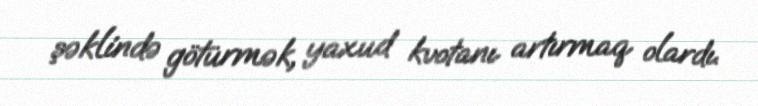
şəklində götürmək, yaxud kvotanı artırmaq olardı.